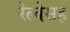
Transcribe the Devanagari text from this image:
रेल्वेसह